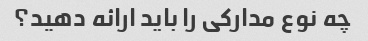
چه نوع مدارکی را باید ارائه دهید؟